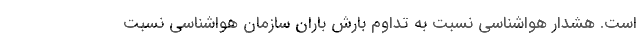
است. هشدار هواشناسی نسبت به تداوم بارش باران سازمان هواشناسی نسبت